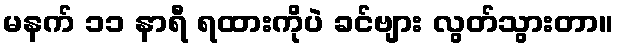
မနက် ၁၁ နာရီ ရထားကိုပဲ ခင်ဗျား လွတ်သွားတာ။